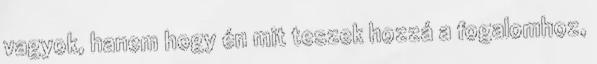
vagyok, hanem hogy én mit teszek hozzá a fogalomhoz,